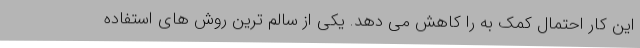
این کار احتمال کمک به را کاهش می دهد. یکی از سالم ترین روش های استفاده